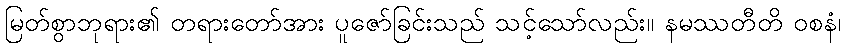
မြတ်စွာဘုရား၏ တရားတော်အား ပူဇော်ခြင်းသည် သင့်သော်လည်း။ နမဿတီတိ ဝစနံ၊